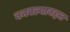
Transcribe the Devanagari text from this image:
बनवल्याबद्दल